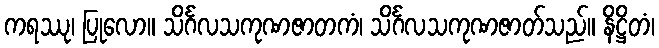
ကရဿု၊ ပြုလော။ သိင်္ဂလသကုဏဇာတကံ၊ သိင်္ဂလသကုဏဇာတ်သည်။ နိဋ္ဌိတံ၊